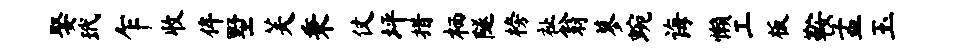
娶玳乍收侔墅芙秉仗坪措栖隧榜祉翁蓼蜿诲懒工板鞍孟玉